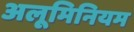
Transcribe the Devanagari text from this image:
अलूमिनियम